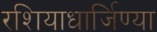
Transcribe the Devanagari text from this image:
रशियाधार्जिण्या